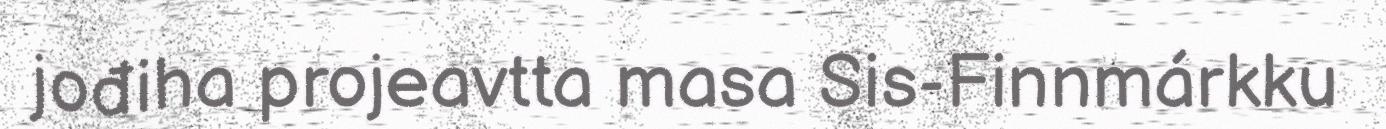
jođiha projeavtta masa Sis-Finnmárkku